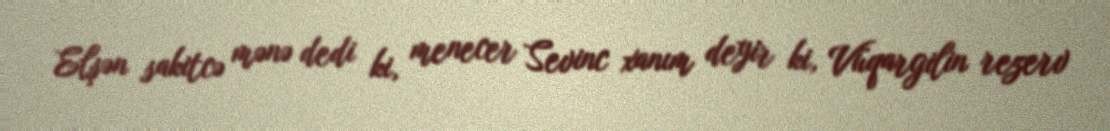
Elşən sakitcə mənə dedi ki, menecer Sevinc xanım deyir ki, Vüqargilin rezerv